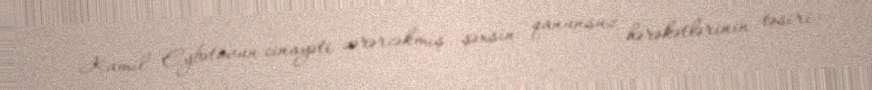
Kamil Eybətovun cinayəti zərərcəkmiş şəxsin qanunsuz hərəkətlərinin təsiri